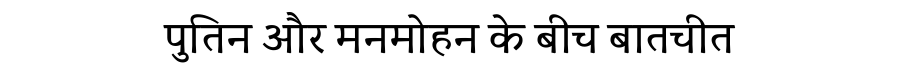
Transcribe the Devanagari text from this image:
पुतिन और मनमोहन के बीच बातचीत